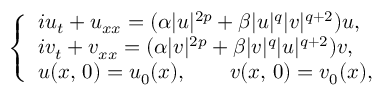
\begin{array} { r } { \left\lbrace \begin{array} { l } { i u _ { t } + u _ { x x } = ( \alpha | u | ^ { 2 p } + \beta | u | ^ { q } | v | ^ { q + 2 } ) u , } \\ { i v _ { t } + v _ { x x } = ( \alpha | v | ^ { 2 p } + \beta | v | ^ { q } | u | ^ { q + 2 } ) v , } \\ { u ( x , \, 0 ) = u _ { 0 } ( x ) , \qquad v ( x , \, 0 ) = v _ { 0 } ( x ) , } \end{array} \right. } \end{array}